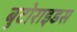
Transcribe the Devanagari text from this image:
बुटोराइडस